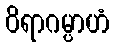
ဝိရာဂမ္ပာဟံ